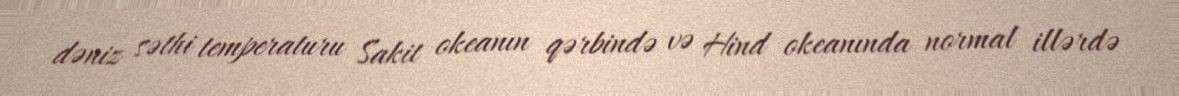
dəniz səthi temperaturu Sakit okeanın qərbində və Hind okeanında normal illərdə